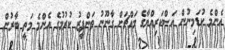
އެންމެ ކުޑަމިނުން އަސްކަރިއްޔާގެ މައްޗަށް ގާނޫނު ތަންފީޒު ކުރުމުގެ އެންމެ މަތީ ބާރުން